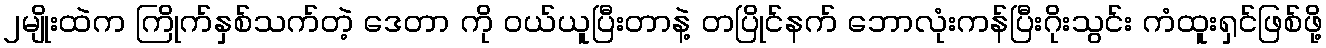
၂မျိုးထဲက ကြိုက်နှစ်သက်တဲ့ ဒေတာ ကို ဝယ်ယူပြီးတာနဲ့ တပြိုင်နက် ဘောလုံးကန်ပြီးဂိုးသွင်း ကံထူးရှင်ဖြစ်ဖို့